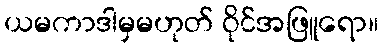
ယမကာဒါမှမဟုတ် ဝိုင်အဖြူရော။